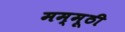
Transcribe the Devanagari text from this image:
मम्मूठी